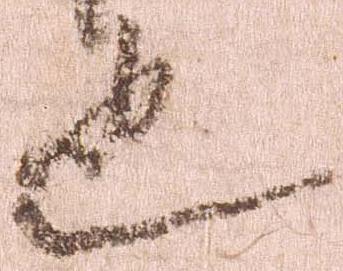
也